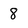
Character: 8